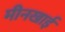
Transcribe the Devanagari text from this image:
मीनखाई